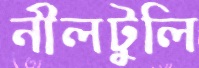
নীলটুলি